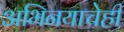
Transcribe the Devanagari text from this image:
अभिनयाचेही